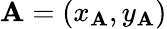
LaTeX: \mathbf{A}=(x_{\mathbf{A}},y_{\mathbf{A}})